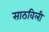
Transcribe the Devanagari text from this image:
साठविली